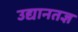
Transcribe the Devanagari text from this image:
उद्यानतज्ञ